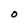
Character: O